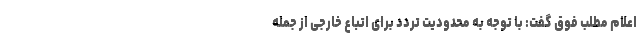
اعلام مطلب فوق گفت: با توجه به محدودیت تردد برای اتباع خارجی از جمله